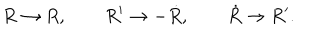
R \rightarrow R , \qquad R ^ { \prime } \rightarrow { - \dot { R } } , \qquad { \dot { R } } \rightarrow R ^ { \prime } .